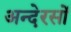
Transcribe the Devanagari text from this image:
अन्देरसों